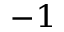
^ { - 1 }